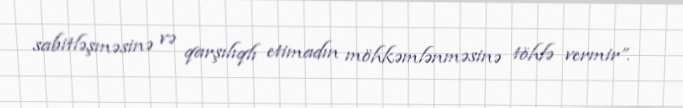
sabitləşməsinə və qarşılıqlı etimadın möhkəmlənməsinə töhfə vermir”.